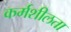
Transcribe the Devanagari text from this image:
कर्मशीलता